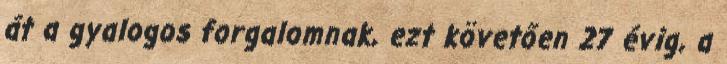
át a gyalogos forgalomnak, ezt követően 27 évig, a